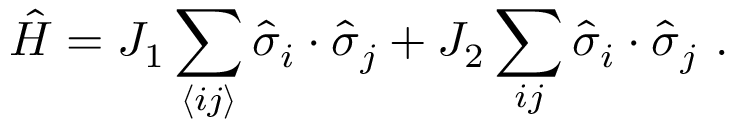
\hat { H } = J _ { 1 } \sum _ { \langle i j \rangle } \hat { \boldsymbol { \sigma } } _ { i } \cdot \hat { \boldsymbol { \sigma } } _ { j } + J _ { 2 } \sum _ { \llangle i j \rrangle } \hat { \boldsymbol { \sigma } } _ { i } \cdot \hat { \boldsymbol { \sigma } } _ { j } \ .